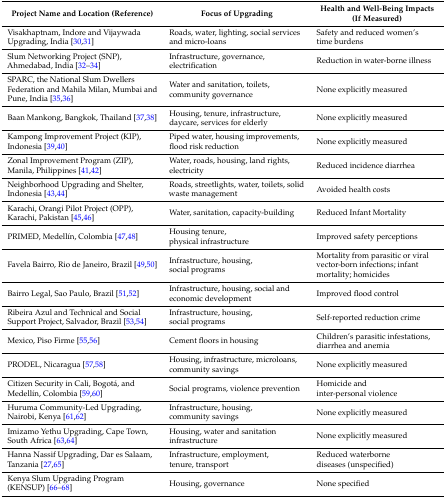
<table><thead><tr><td><b>Project Name and Location (Reference)</b></td><td><b>Focus of Upgrading</b></td><td><b>Health and Well-Being Impacts (If Measured)</b></td></tr></thead><tbody><tr><td>Visakhaptnam, Indore and Vijaywada Upgrading, India [30,31]</td><td>Roads, water, lighting, social services and micro-loans</td><td>Safety and reduced women’s time burdens</td></tr><tr><td>Slum Networking Project (SNP), Ahmedabad, India [32,33,34]</td><td>Infrastructure, governance, electrification</td><td>Reduction in water-borne illness</td></tr><tr><td>SPARC, the National Slum Dwellers Federation and Mahila Milan, Mumbai and Pune, India [35,36]</td><td>Water and sanitation, toilets, community governance</td><td>None explicitly measured</td></tr><tr><td>Baan Mankong, Bangkok, Thailand [37,38]</td><td>Housing, tenure, infrastructure, daycare, services for elderly</td><td>None explicitly measured</td></tr><tr><td>Kampong Improvement Project (KIP), Indonesia [39,40]</td><td>Piped water, housing improvements, flood risk reduction</td><td>None explicitly measured</td></tr><tr><td>Zonal Improvement Program (ZIP), Manila, Philippines [41,42]</td><td>Water, roads, housing, land rights, electricity </td><td>Reduced incidence diarrhea</td></tr><tr><td>Neighborhood Upgrading and Shelter, Indonesia [43,44]</td><td>Roads, streetlights, water, toilets, solid waste management</td><td>Avoided health costs</td></tr><tr><td>Karachi, Orangi Pilot Project (OPP), Karachi, Pakistan [45,46]</td><td>Water, sanitation, capacity-building</td><td>Reduced Infant Mortality</td></tr><tr><td>PRIMED, Medellín, Colombia [47,48]</td><td>Housing tenure, physical infrastructure</td><td>Improved safety perceptions</td></tr><tr><td>Favela Bairro, Rio de Janeiro, Brazil [49,50]</td><td>Infrastructure, housing, social programs</td><td>Mortality from parasitic or viral vector-born infections; infant mortality; homicides</td></tr><tr><td>Bairro Legal, Sao Paulo, Brazil [51,52]</td><td>Infrastructure, housing, social and economic development</td><td>Improved flood control</td></tr><tr><td>Ribeira Azul and Technical and Social Support Project, Salvador, Brazil [53,54]</td><td>Infrastructure, housing, social programs</td><td>Self-reported reduction crime</td></tr><tr><td>Mexico, Piso Firme [55,56]</td><td>Cement floors in housing</td><td>Children’s parasitic infestations, diarrhea and anemia</td></tr><tr><td>PRODEL, Nicaragua [57,58]</td><td>Housing, infrastructure, microloans, community savings</td><td>None explicitly measured</td></tr><tr><td>Citizen Security in Cali, Bogotá, and Medellín, Colombia [59,60]</td><td>Social programs, violence prevention</td><td>Homicide and inter-personal violence</td></tr><tr><td>Huruma Community-Led Upgrading, Nairobi, Kenya [61,62]</td><td>Infrastructure, housing, community savings</td><td>None explicitly measured</td></tr><tr><td>Imizamo Yethu Upgrading, Cape Town, South Africa [63,64]</td><td>Housing, water and sanitation infrastructure</td><td>None explicitly measured</td></tr><tr><td>Hanna Nassif Upgrading, Dar es Salaam, Tanzania [27,65]</td><td>Infrastructure, employment, tenure, transport</td><td>Reduced waterborne diseases (unspecified)</td></tr><tr><td>Kenya Slum Upgrading Program (KENSUP) [66,67,68]</td><td>Housing, governance</td><td>None specified</td></tr></tbody></table>